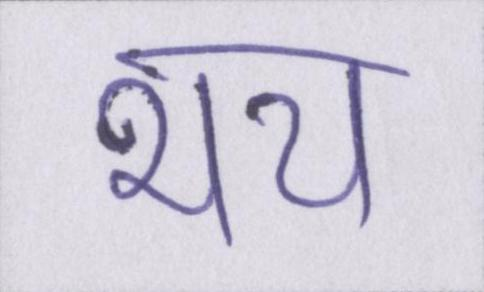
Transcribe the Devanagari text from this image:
भय